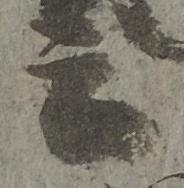
云